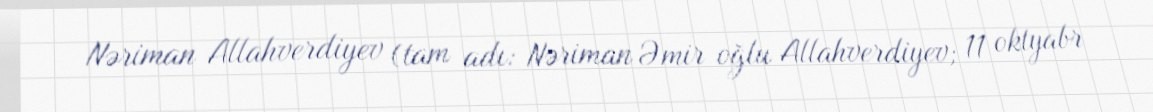
Nəriman Allahverdiyev (tam adı: Nəriman Əmir oğlu Allahverdiyev; 11 oktyabr